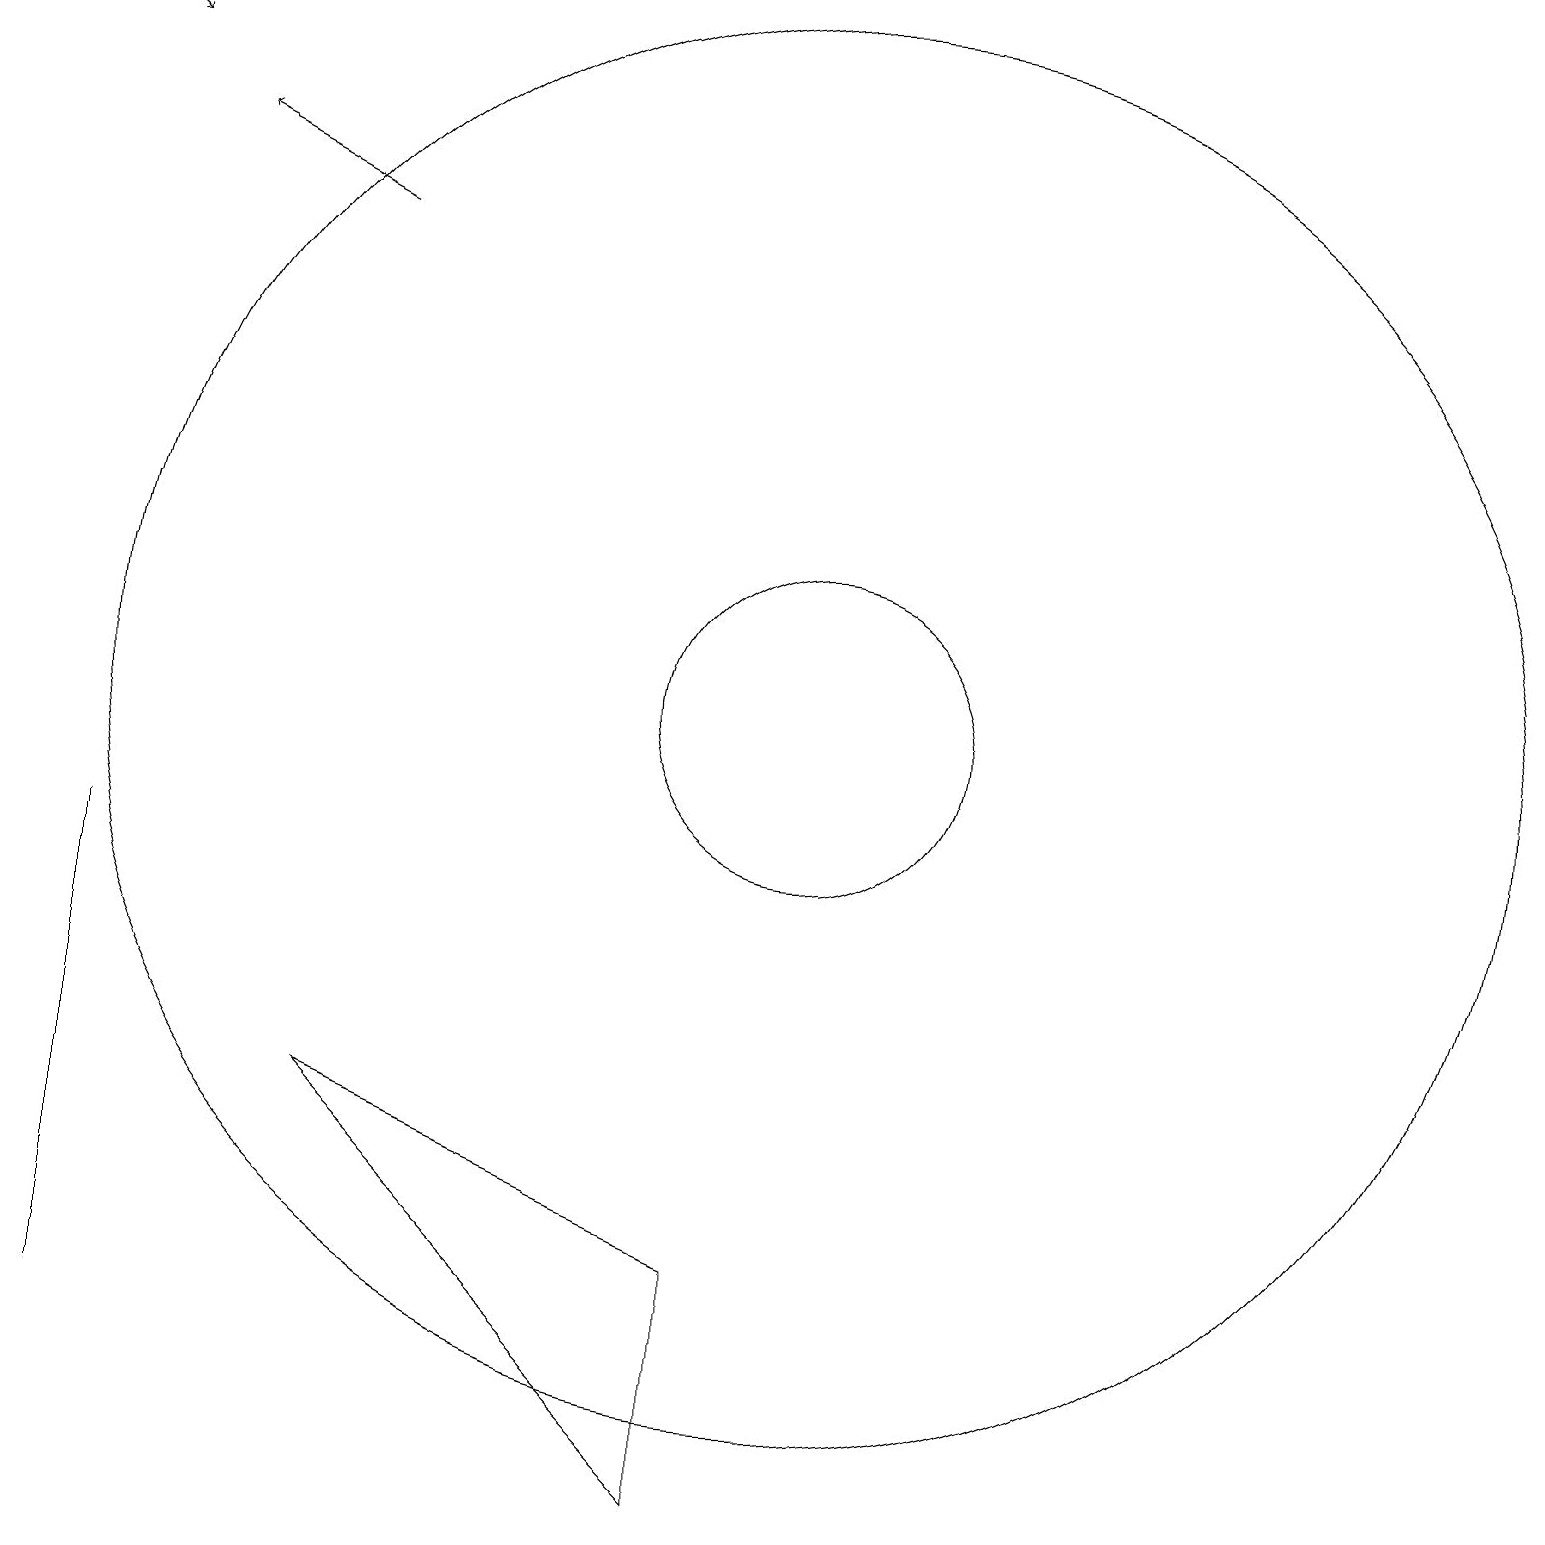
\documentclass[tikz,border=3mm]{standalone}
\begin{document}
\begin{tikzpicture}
\draw (10,10) circle (9);
\draw (1,2) -- (1,8) -- (1,2) -- cycle;
\draw (10,10) circle (2);
\draw (4,5) -- (9,0) -- (9,3) -- cycle;
\draw[->] (4,16) -- (2,17);
\draw[->] (0,19) -- (1,18);
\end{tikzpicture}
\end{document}